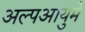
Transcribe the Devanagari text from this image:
अल्पआयुमे